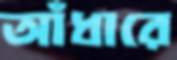
আঁধারে